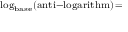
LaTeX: \scriptstyle \log _ { \mathrm { b a s e } } ( { \mathrm { a n t i - l o g a r i t h m } } ) \, =